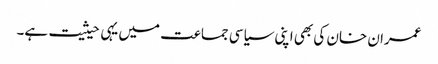
عمران خان کی بھی اپنی سیاسی جماعت میں یہی حیثیت ہے۔